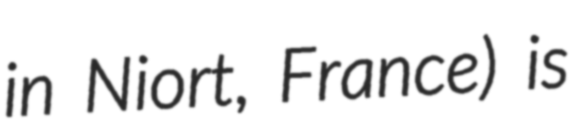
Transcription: in Niort, France) is